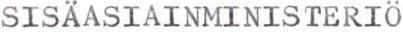
SISäASIAINMINISTERIÖ